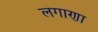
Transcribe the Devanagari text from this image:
लगाणा